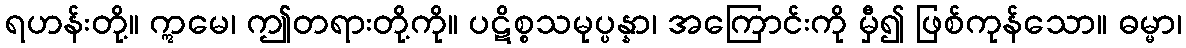
ရဟန်းတို့။ ဣမေ၊ ဤတရားတို့ကို။ ပဋိစ္စသမုပ္ပန္နာ၊ အကြောင်းကို မှီ၍ ဖြစ်ကုန်သော။ ဓမ္မာ၊